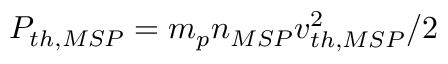
P _ { t h , M S P } = m _ { p } n _ { M S P } v _ { t h , M S P } ^ { 2 } / 2